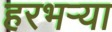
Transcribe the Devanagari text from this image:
हरभऱ्या